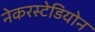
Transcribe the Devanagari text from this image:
नेकरस्टेडियोन